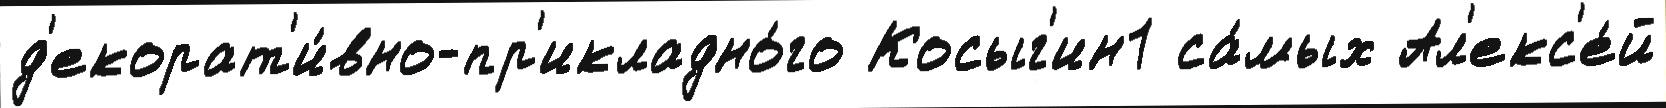
д'екорат'и́вно-пр'икладно́го Косыг'ин1 са́мых Ал'екс'е́й